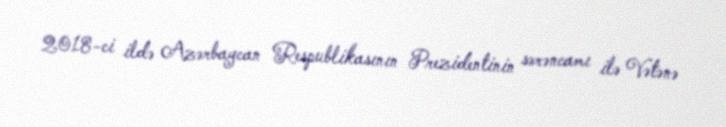
2018-ci ildə Azərbaycan Respublikasının Prezidentinin sərəncamı ilə Vətənə